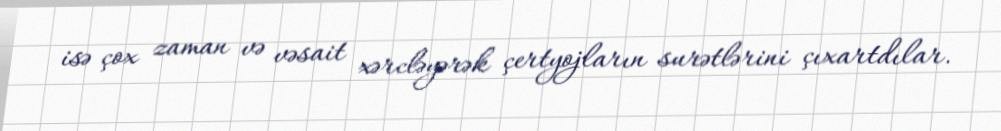
isə çox zaman və vəsait xərcləyərək çertyojların surətlərini çıxartdılar.